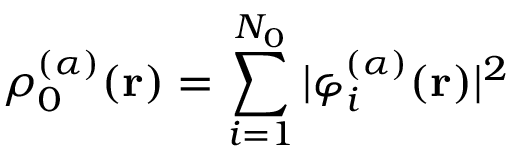
\rho _ { 0 } ^ { ( \alpha ) } ( \mathbf { r } ) = \sum _ { i = 1 } ^ { N _ { 0 } } | \varphi _ { i } ^ { ( \alpha ) } ( \mathbf { r } ) | ^ { 2 }